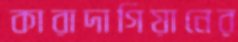
কারাদাগিয়ানের